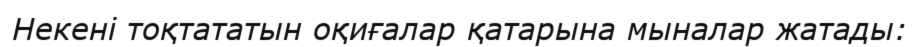
Некені тоқтататын оқиғалар қатарына мыналар жатады: